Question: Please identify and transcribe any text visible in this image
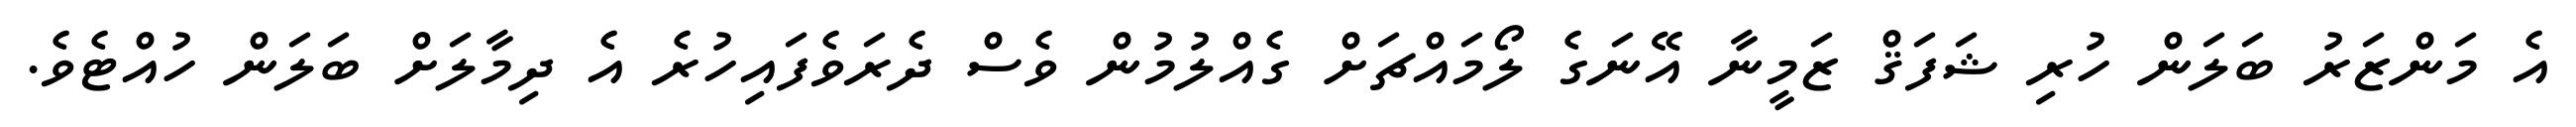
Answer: އެ މަންޒަރު ބަލަން ހުރި ޝަފަޤް ޒަމީނާ އޭނަގެ ލޯމައްޗަށް ގެއްލުމުން ވެސް ދެރަވެފައިހުރެ އެ ދިމާލަށް ބަލަން ހުއްޓެވެ.